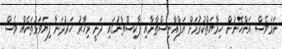
ނަމަވެސް އަންހެނުން ހިމާޔަތްކުރުމަށް އަފްޣާނިސްތާނާއި ޕާކިސްތާނުގައި ދަނީ މިހާރު ހަރުދަނާ ފިޔަވަޅުތަކެއް ވެސް